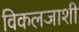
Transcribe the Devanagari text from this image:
विकलजाशी